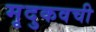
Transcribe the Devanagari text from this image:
मृदुकवची